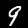
Label: 9